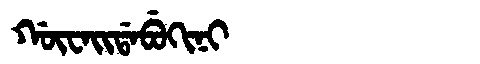
Manchu: ᡤᡡᠸᠠᡳᡩᠠᠪᡠᡴᡳᠨᡳ
Romanization: GŪWAIDABUKINI